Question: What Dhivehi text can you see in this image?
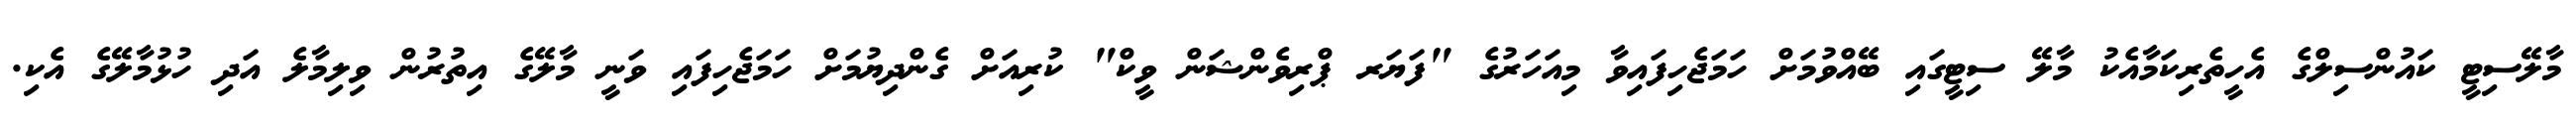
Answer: މާލޭސިޓީ ކައުންސިލްގެ އެހީތެރިކަމާއެކު މާލޭ ސިޓީގައި ބޭއްވުމަށް ހަމަޖެހިފައިވާ މިއަހަރުގެ "ފަޔަރ ޕްރިވެންޝަން ވީކް" ކުރިއަށް ގެންދިޔުމަށް ހަމަޖެހިފައި ވަނީ މާލޭގެ އިތުރުން ވިލިމާލެ އަދި ހުޅުމާލޭގެ އެކި.